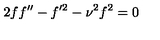
2 f f ^ { \prime \prime } - f ^ { \prime 2 } - \nu ^ { 2 } f ^ { 2 } = 0